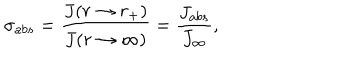
\sigma _ { a b s } = \frac { J ( r \rightarrow r _ { + } ) } { J ( r \rightarrow \infty ) } = \frac { J _ { a b s } } { J _ { \infty } } ,